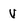
Character: v